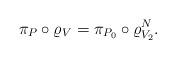
LaTeX: \begin{align*}\pi_P\circ\varrho_V=\pi_{P_0}\circ\varrho_{V_2}^N.\end{align*}